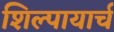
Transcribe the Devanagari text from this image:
शिल्पायार्च